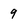
Character: 9